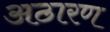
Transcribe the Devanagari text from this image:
अठारण